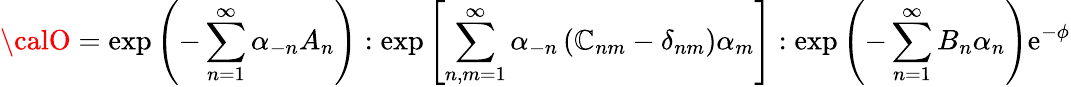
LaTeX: {\calO}=\exp\left(-\sum_{n=1}^{\infty}\alpha_{-n}A_{n}\right):\exp\left[\sum_{n,m=1}^{\infty}\alpha_{-n}\left(\mathbb{C}_{nm}-\delta_{nm}\right)\alpha_{m}\right]:\exp\left(-\sum_{n=1}^{\infty}B_{n}\alpha_{n}\right)\mathrm{{e}}^{-\phi}